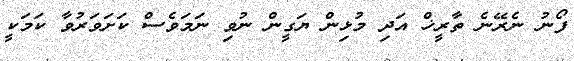
ފޯނު ނެރޭނެ ތާރީޚް އަދި މުޅިން ޔަގީން ނުވި ނަމަވެސް ކަށަވަރުވާ ކަމަކީ